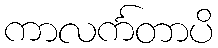
ကာလင်္ကတာပိ